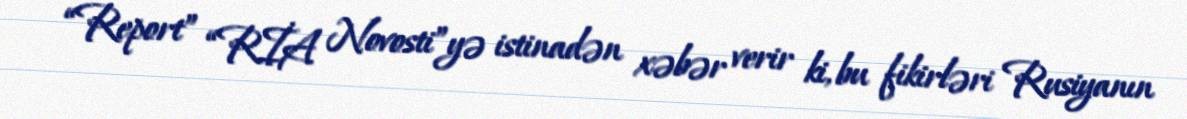
“Report” “RİA Novosti”yə istinadən xəbər verir ki, bu fikirləri Rusiyanın